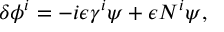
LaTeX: \delta \phi ^ { i } = - i \epsilon \gamma ^ { i } \psi + \epsilon N ^ { i } \psi ,